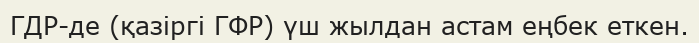
ГДР-де (қазіргі ГФР) үш жылдан астам еңбек еткен.